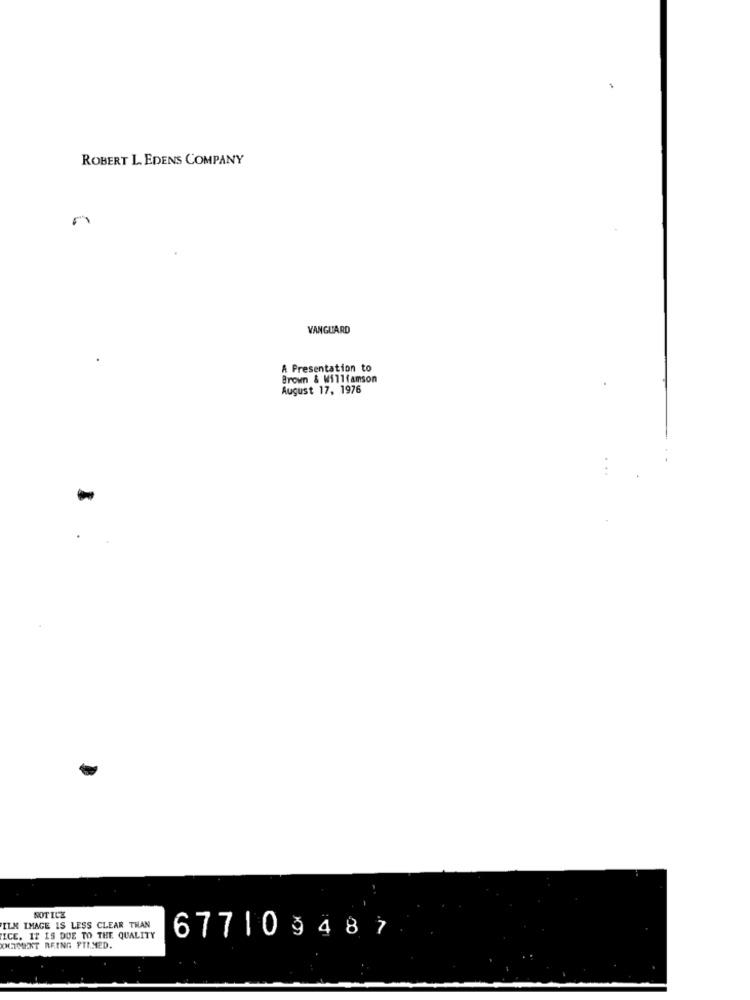
ROBERT L. EDENS COMPANY
VANGUARD
A Presentation to
Brown & Willfamson
August 17, 1976
NOTICE
ILK IMAGE IS LESS CLEAR THAN
ICE. IT IS DUE TO THE QUALITY
677 1 0 9 4 8 7
OUIMENT REING FTIMED.